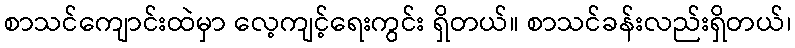
စာသင်ကျောင်းထဲမှာ လေ့ကျင့်ရေးကွင်း ရှိတယ်။ စာသင်ခန်းလည်းရှိတယ်၊